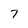
Character: 7